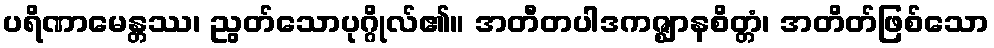
ပရိဏာမေန္တဿ၊ ညွတ်သောပုဂ္ဂိုလ်၏။ အတီတပါဒကဇ္ဈာနစိတ္တံ၊ အတိတ်ဖြစ်သော